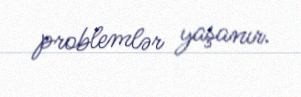
problemlər yaşanır.